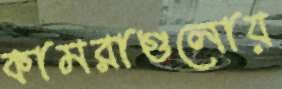
কামরাগুলোয়